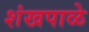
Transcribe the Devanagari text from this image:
शंखपाळे